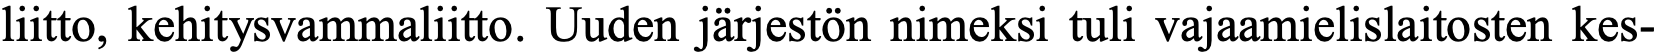
liitto, kehitysvammaliitto. Uuden järjestön nimeksi tuli vajaamielislaitosten kes-